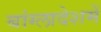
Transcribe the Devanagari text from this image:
बांग्लादेशमें